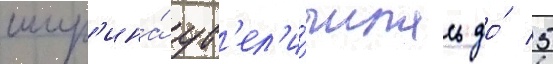
шир'ина́ ув'ел'и́чилась до́ 5